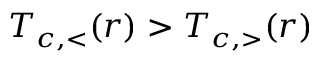
T _ { c , < } ( r ) > T _ { c , > } ( r )